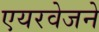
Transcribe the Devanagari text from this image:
एयरवेजने